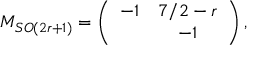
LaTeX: M _ { S O ( 2 r + 1 ) } = \left( \begin{array} { c c } { { - 1 } } & { { 7 / 2 - r } } \\ { { } } & { { - 1 } } \end{array} \right) ,